General report no. 6 on the lunatic asylums, vaccination and dispensaries in the Bengal Presidency, 1873 -
Year: 1873
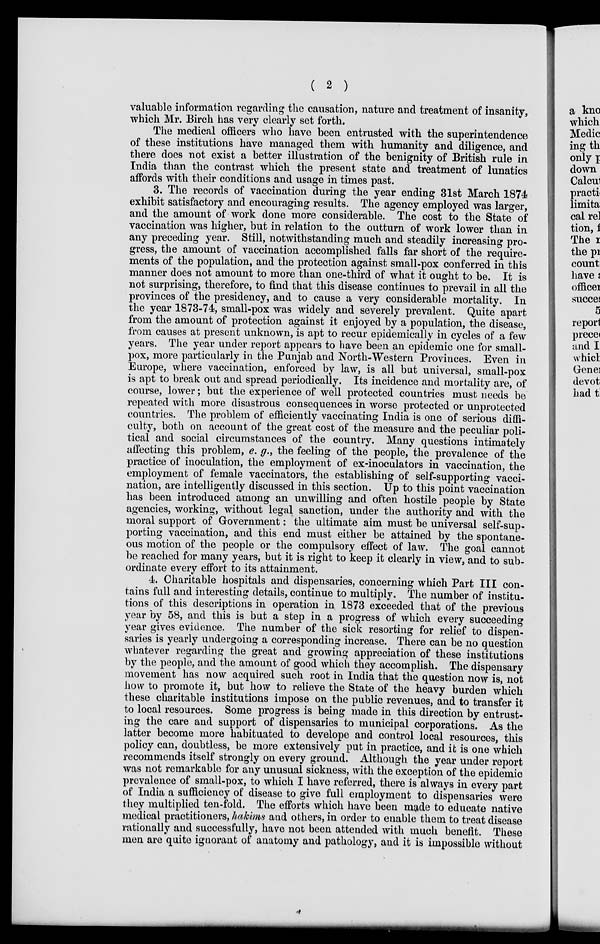
( 2 )
valuable information regarding the causation, nature and treatment of insanity,
which Mr. Birch has very clearly set forth.
The medical officers who have been entrusted with the superintendence
of these institutions have managed them with humanity and diligence, and
there does not exist a better illustration of the benignity of British rule in
India than the contrast which the present state and treatment of lunatics
affords with their conditions and usage in times past.
3. The records of vaccination during the year ending 31st March 1874
exhibit satisfactory and encouraging results. The agency employed was larger,
and the amount of work done more considerable. The cost to the State of
vaccination was higher, but in relation to the outturn of work lower than in
any preceding year. Still, notwithstanding much and steadily increasing pro-
gress, the amount of vaccination accomplished falls far short of the require-
ments of the population, and the protection against small-pox conferred in this
manner does not amount to more than one-third of what it ought to be. It is
not surprising, therefore, to find that this disease continues to prevail in all the
provinces of the presidency, and to cause a very considerable mortality. In
the year 1873-74, small-pox was widely and severely prevalent. Quite apart
from the amount of protection against it enjoyed by a population, the disease,
from causes at present unknown, is apt to recur epidemically in cycles of a few
years. The year under report appears to have been an epidemic one for small-
pox, more particularly in the Punjab and North-Western Provinces. Even in
Europe, where vaccination, enforced by law, is all but universal, small-pox
is apt to break out and spread periodically. Its incidence and mortality are, of
course, lower; but the experience of well protected countries must needs be
repeated with more disastrous consequences in worse protected or unprotected
countries. The problem of efficiently vaccinating India is one of serious diffi-
culty, both on account of the great cost of the measure and the peculiar poli-
tical and social circumstances of the country. Many questions intimately
affecting this problem, e. g., the feeling of the people, the prevalence of the
practice of inoculation, the employment of ex-inoculators in vaccination, the
employment of female vaccinators, the establishing of self-supporting vacci-
nation, are intelligently discussed in this section. Up to this point vaccination
has been introduced among an unwilling and often hostile people by State
agencies, working, without legal sanction, under the authority and with the
moral support of Government: the ultimate aim must be universal self-sup-
porting vaccination, and this end must either be attained by the spontane-
ous motion of the people or the compulsory effect of law. The goal cannot
be reached for many years, but it is right to keep it clearly in view, and to sub-
ordinate every effort to its attainment.
4. Charitable hospitals and dispensaries, concerning which Part III con-
tains full and interesting details, continue to multiply. The number of institu-
tions of this descriptions in operation in 1873 exceeded that of the previous
year by 58, and this is but a step in a progress of which every succeeding
year gives evidence. The number of the sick resorting for relief to dispen-
saries is yearly undergoing a corresponding increase. There can be no question
whatever regarding the great and growing appreciation of these institutions
by the people, and the amount of good which they accomplish. The dispensary
movement has now acquired such root in India that the question now is, not
how to promote it, but how to relieve the State of the heavy burden which
these charitable institutions impose on the public revenues, and to transfer it
to local resources. Some progress is being made in this direction by entrust-
ing the care and support of dispensaries to municipal corporations. As the
latter become more habituated to develope and control local resources, this
policy can, doubtless, be more extensively put in practice, and it is one which
recommends itself strongly on every ground. Although the year under report
was not remarkable for any unusual sickness, with the exception of the epidemic
prevalence of small-pox, to which I have referred, there is always in every part
of India a sufficiency of disease to give full employment to dispensaries were
they multiplied ten-fold. The efforts which have been made to educate native
medical practitioners, hakims and others, in order to enable them to treat disease
rationally and successfully, have not been attended with much benefit. These
men are quite ignorant of anatomy and pathology, and it is impossible without